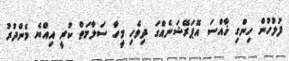
ފުލުހުން ހިންގި ޚާއްސަ އޮޕަރޭޝަނެއްގަ ދިވެހި މީހާ ސަލާމަތް ކުރީ އިއްޔެ މެންދުރު